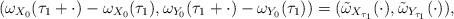
LaTeX: \begin{align*}\begin{aligned}(\omega_{X_0}(\tau_1+\cdot )-\omega_{X_0}(\tau_1),\omega_{Y_0}(\tau_1+\cdot)-\omega_{Y_0}(\tau_1)) \stackrel{}{=} (\tilde{\omega}_{X_{\tau_1}}(\cdot ),\tilde{\omega}_{Y_{\tau_1}}(\cdot )),\end{aligned}\end{align*}